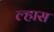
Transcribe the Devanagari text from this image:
ल्हास